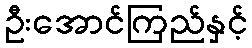
ဦးအောင်ကြည်နှင့်